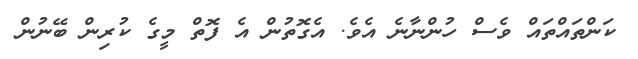
ކަންތައްތައް ވެސް ހުންނާނެ އެވެ. އެގޮތުން އެ ފޮތް މީގެ ކުރިން ބޭނުން